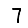
Digit: 7